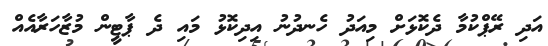
އަދި ރޭޕްކުމާ ދެކޮޅަށް މިއަދު ހެނދުނު އިދިކޮޅު މައި ދެ ޕާޓީން މުޒާހަރާއެއް